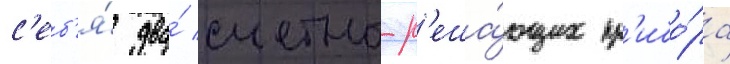
с'еб'я́ два́ счетно-р'еша́ющих пр'ибо́ра